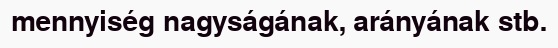
mennyiség nagyságának, arányának stb.